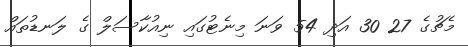
މެޗުގެ 27 30 އަދި 54 ވަނަ މިނެޓުގައި ނިއުކާސަލް ގެ ލަނޑުތައް